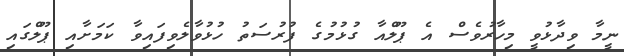
ނީމާ ވިދާޅުވީ މިހާރުވެސް އެ ޕޫލްއާ ގުޅުމުގެ ފުރުސަތު ހުޅުވާލެވިފައިވާ ކަމަށާއި ޕޫލްގައި